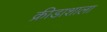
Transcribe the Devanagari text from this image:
क्रीडाशाला